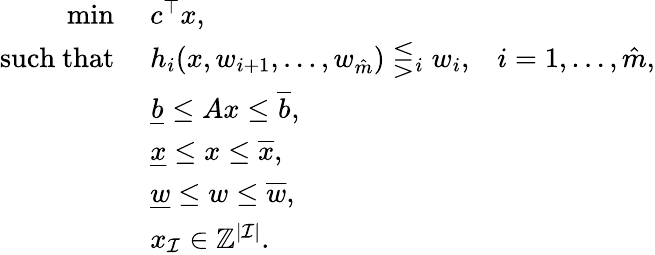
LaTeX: \begin{array}{rlr}{\operatorname*{min}\; }&{c^{\top}x,}\\ {\mathrm{such\ that}\; }&{h_{i}(x,w_{i+1},\ldots,w_{\hat{m}})\lesseqgtr_{i}w_{i},}&{i=1,\ldots,\hat{m},}\\ &{\underline{{b}}\leq Ax\leq\overline{{b}},}\\ &{\underline{{x}}\leq x\leq\overline{{x}},}\\ &{\underline{{w}}\leq w\leq\overline{{w}},}\\ &{x_{\mathcal{I}}\in\mathbb{Z}^{\vert\mathcal{I}\vert}.}\end{array}